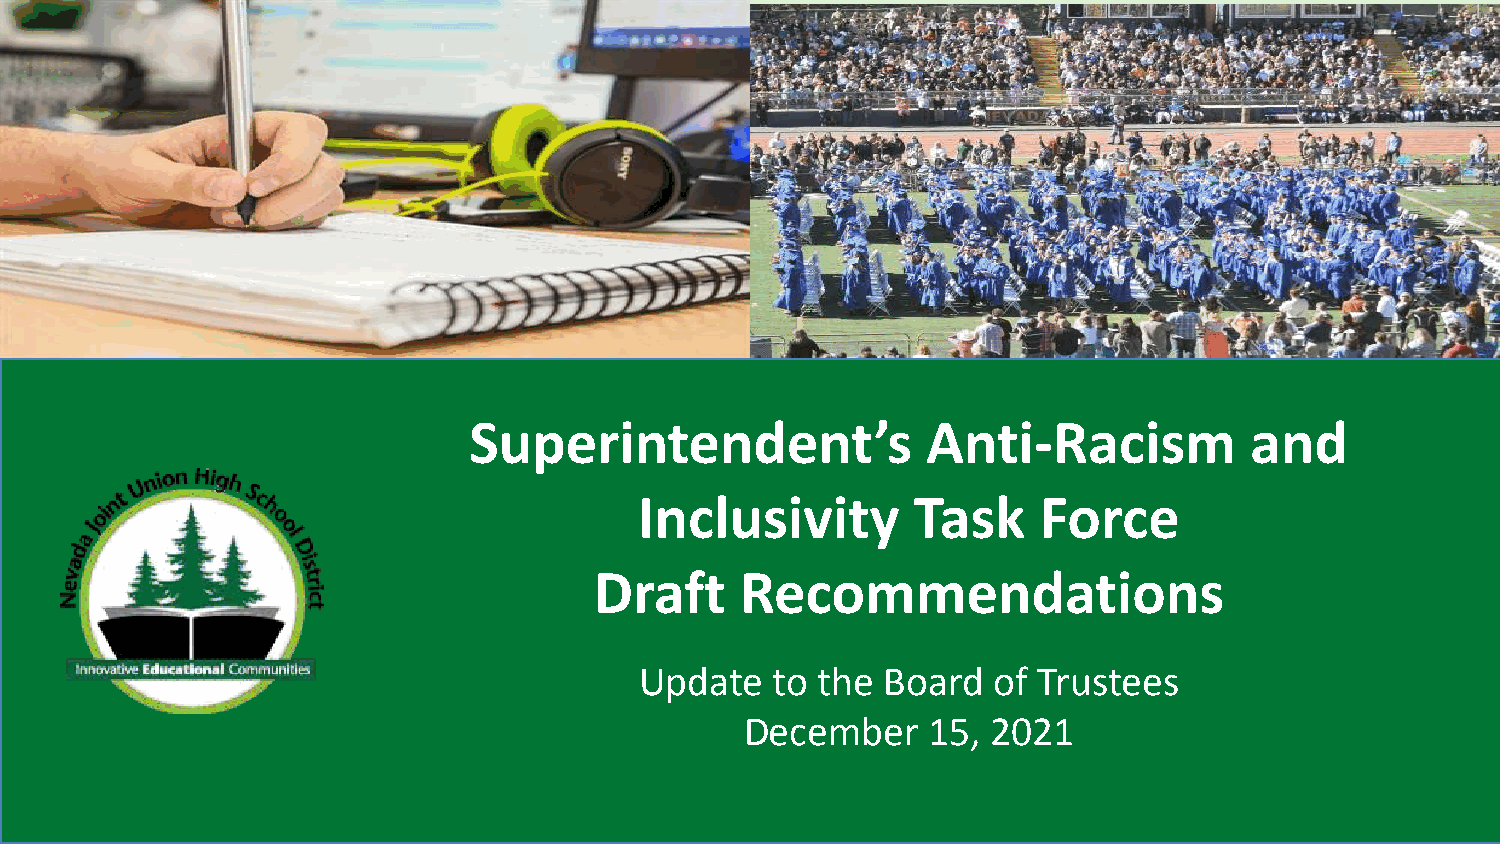
Superintendent’s              Anti-Racism           and
 Inclusivity       Task     Force
 Draft     Recommendations
 Update   to the  Board  of Trustees
 December    15,  2021